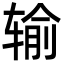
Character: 输